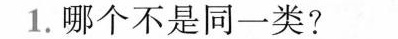
1.哪个不是同一类?